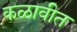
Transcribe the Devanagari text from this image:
कळावीत